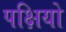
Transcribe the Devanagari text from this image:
पक्षियो